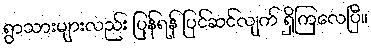
ရွာသားများလည်း ပြန်ရန် ပြင်ဆင်လျက် ရှိကြလေပြီ။